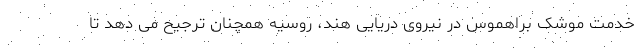
خدمت موشک براهموس در نیروی دریایی هند، روسیه همچنان ترجیح می دهد تا